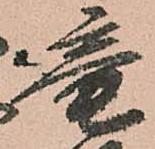
竜